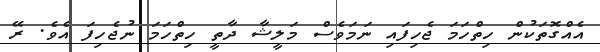
އެއްގޮތަކުން ހިތްހަމަ ޖެހިފައި ނަމަވެސް މަލީޝާ ދާތީ ހިތްހަމަ ނުޖެހިފަ އެވެ. ރޭ